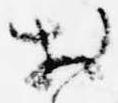
於